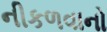
નીકળવાનો